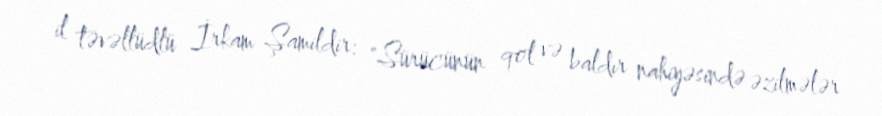
il təvəllüdlü İrkam Şamildir: "Sürücünün qol və baldır nahiyəsində əzilmələr